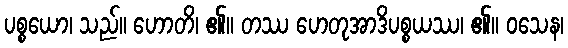
ပစ္စယော၊ သည်။ ဟောတိ၊ ၏။ တဿ ဟေတုအာဒိပစ္စယဿ၊ ၏။ ဝသေန၊